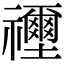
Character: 𥜦